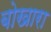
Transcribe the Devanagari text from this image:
बोखारा